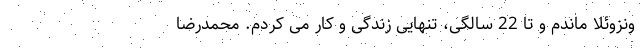
ونزوئلا ماندم و تا 22 سالگی، تنهایی زندگی و کار می‌ کردم. محمدرضا